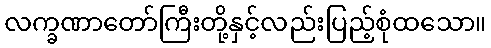
လက္ခဏာတော်ကြီးတို့နှင့်လည်းပြည့်စုံထသော။